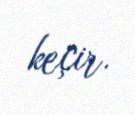
keçir.